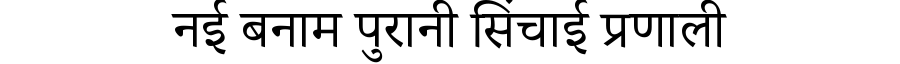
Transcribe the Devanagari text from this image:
नई बनाम पुरानी सिंचाई प्रणाली